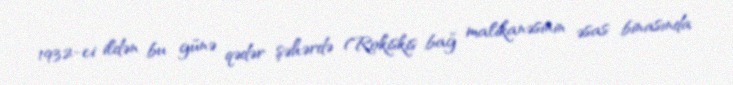
1932-ci ildən bu günə qədər şəhərdə (Rokiskis bağ malikanəsinin əsas binasında